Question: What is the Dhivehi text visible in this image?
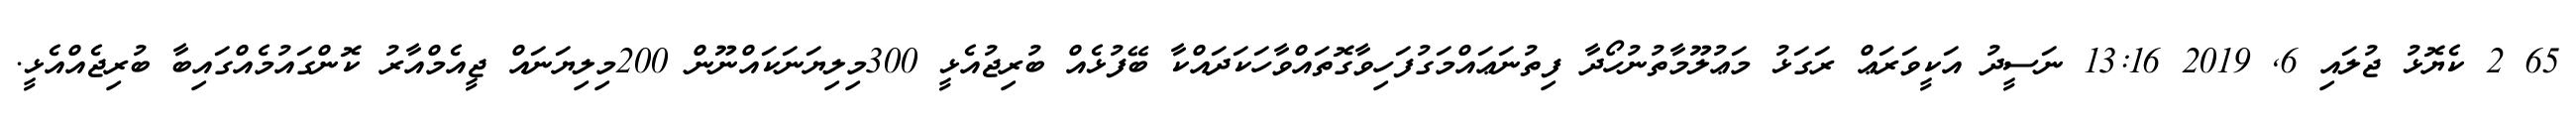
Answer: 65 2 ކެޔޮޅު ޖުލައި 6, 2019 13:16 ނަސީދު އަކީވަރަޢް ރަގަޅު މަޢުލޫމާތުނުހޯދާ ފިތުނަޢައްމަގުފަހިވާގޮތައްވާހަކަދައްކާ ބޭފުޅެއް ބުރިޖުއެޅީ 300މިލިޔަނަކައްނޫން 200މިލިޔަނައް ޖީއެމްއާރު ކޮންގައުމެއްގައިބާ ބުރިޖެއްއެޅީ.